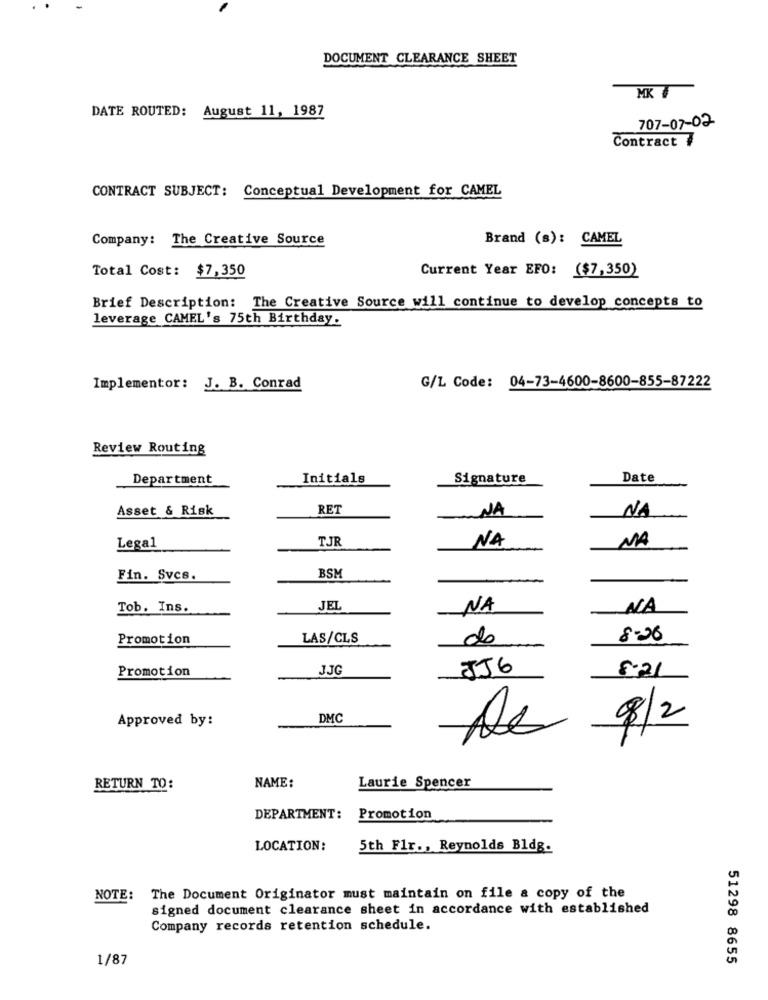
DOCUMENT CLEARANCE SHEET
MK #
DATE ROUTED: August 11, 1987
707-07-02
Contract 7
CONTRACT SUBJECT: Conceptual Development for CAMEL
Company: The Creative Source
Brand (s): CAMEL
Total Cost: $7,350
Current Year EFO: ($7,350)
Brief Description: The Creative Source will continue to develop concepts to
leverage CAMEL's 75th Birthday.
G/L Code: 04-73-4600-8600-855-87222
Implementor: J. B. Conrad
Review Routing
Department
Initials
Signature
Date
Asset & Risk
RET
NA
-NA
TJR
NA
NA
Legal
Fin. Svcs.
BSM
Tob. Ins.
JEL
NA
NA
Promotion
LAS/CLS
do
8-26
Promotion
JJG
856
8-21
Approved by:
DMC
8/2
De
NAME:
RETURN TO:
Laurie Spencer
DEPARTMENT:
Promotion
LOCATION:
5th Flr ., Reynolds Bldg.
NOTE:
The Document Originator must maintain on file a copy of the
signed document clearance sheet in accordance with established
Company records retention schedule.
1/87
51298 8655